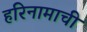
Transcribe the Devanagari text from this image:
हरिनामाची